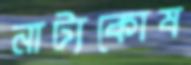
নাট্যকোষ